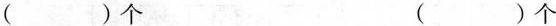
( )个 ( )个